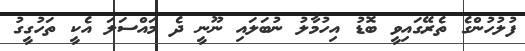
ފުލުހުންގެ ތެރޭގައިވީ ބޮޑު އިހުމާލު ނުބަލައި ނޫނީ ދެ މައްސަލަ އެކީ ތަހުގީގު